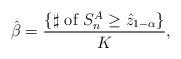
LaTeX: \begin{align*}\hat\beta=\frac{\{\sharp\mbox{ of }S_n^A\geq\hat z_{1-\alpha}\}}{K},\end{align*}